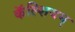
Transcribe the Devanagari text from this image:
कॅल्शियम्